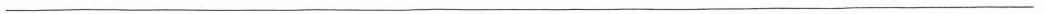
___